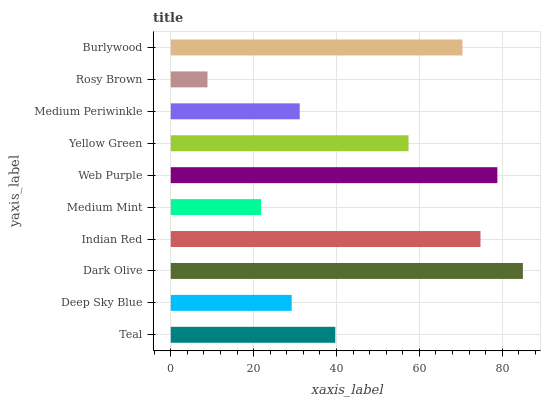
| yaxis_label | bars |
 | --- | --- |
 | Teal | 39.7 |
 | Deep Sky Blue | 29.2 |
 | Dark Olive | 85 |
 | Indian Red | 74.8 |
 | Medium Mint | 21.8 |
 | Web Purple | 78.8 |
 | Yellow Green | 57.4 |
 | Medium Periwinkle | 31.1 |
 | Rosy Brown | 8.87 |
 | Burlywood | 70.4 |